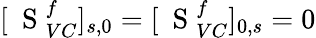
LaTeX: [\mathrm{~\mathbf~S~}_{VC}^{f}]_{s,0}=[\mathrm{~\mathbf~S~}_{VC}^{f}]_{0,s}=0